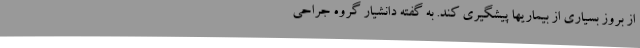
از بروز بسیاری از بیماریها پیشگیری کند. به گفته دانشیار گروه جراحی